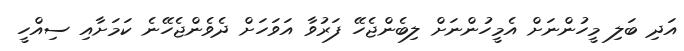
އަދި ބަލި މީހުންނަށް އެމީހުންނަށް ލިބެންޖެހޭ ފަރުވާ އަވަހަށް ދެވެންޖެހޭނެ ކަމަށާއި ސިއްހީ